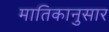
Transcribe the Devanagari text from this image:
मातिकानुसार